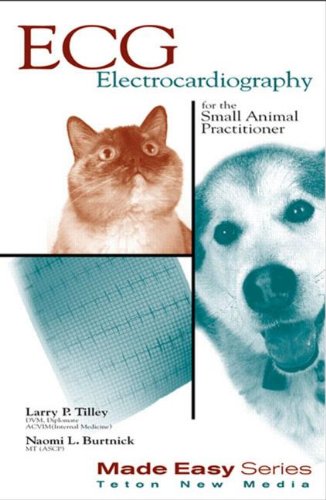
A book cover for ECG for the Small Animal Practitioner (Made Easy Series); Larry Tilley; Medical Books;